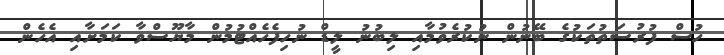
ހުސް ފުރުސަތުތަކުގެ ބޭނުން ނުކުރެވުމާއި ލިބުނު ލީޑް ނުހިފެހެއްޓުމުން މާޔޫސްވާ ކަމަށާއި އެހެން